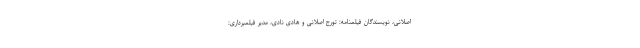
اصلانى، نویسندگان فیلمنامه: تورج اصلانى و هادی نادی، مدیر فیلمبرداری: